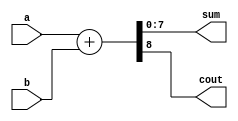
`timescale 1ns / 1ps
//////////////////////////////////////////////////////////////////////////////////
// Company: 
// Engineer: 
// 
// Design Name: 
// Module Name:    ALU 
// Project Name: 
// Target Devices: 
// Tool versions: 
// Description: 
//
// Dependencies: 
//
// Revision: 
// Revision 0.01 - File Created
// Additional Comments: 
//
//////////////////////////////////////////////////////////////////////////////////
module adder8bit(
    input [7:0] a,
    input [7:0] b,
    output [7:0] sum,
    output cout
    );
	wire [8:0] tmp;
 
  assign tmp = a + b;  
  assign sum = tmp [7:0];  
  assign cout  = tmp [8]; 

endmodule

module sub8bit(
    input [7:0] a,
    input [7:0] b,
    output [7:0] sum
    );
	 
  assign sum = a - b; 

endmodule

module ALU(
    input [7:0] a,
    input [7:0] b,
    input [2:0] op,
    output reg [7:0] z,
    output reg ov,
    output reg cout,
    output reg sign
    );
	wire [7:0] sum;
	wire [7:0] sum_1;
	wire cout_add;

	adder8bit add(a,b,sum,cout_add);

	sub8bit sub(a,b,sum_1);

	always @(*) 
		begin
			case (op)
			
				3'b000:
					begin
						z = sum;
						cout = cout_add;
						ov = (a[7] & b[7]) ^ z[7];
						sign = z[7] | ov;
					end
					
				3'b001: 
					begin
						z = sum_1;
						cout = a[7] & b[7];
						ov = (a[7] & b[7]) ^ z[7];
						sign = z[7] | ov;
					end
					
				3'b010:
					begin
						z[0] = a[0] & b[0];
						z[1] = a[1] & b[1];
						z[2] = a[2] & b[2];
						z[3] = a[3] & b[3];
						z[4] = a[4] & b[4];
						z[5] = a[5] & b[5];
						z[6] = a[6] & b[6];
						z[7] = a[7] & b[7];
						ov = 0;
						cout = 0;
						sign = z[7];
					end 
					
				3'b011: 
					begin
						z[0] = a[0] | b[0];
						z[1] = a[1] | b[1];
						z[2] = a[2] | b[2];
						z[3] = a[3] | b[3];
						z[4] = a[4] | b[4];
						z[5] = a[5] | b[5];
						z[6] = a[6] | b[6];
						z[7] = a[7] | b[7];
						ov = 0;
						cout = 0;
						sign = z[7];
					end 
				3'b100: 
					begin
						z[0] = a[0] ^ b[0];
						z[1] = a[1] ^ b[1];
						z[2] = a[2] ^ b[2];
						z[3] = a[3] ^ b[3];
						z[4] = a[4] ^ b[4];
						z[5] = a[5] ^ b[5];
						z[6] = a[6] ^ b[6];
						z[7] = a[7] ^ b[7];
						ov = 0;
						cout = 0;
						sign = z[7];
					end 
					
				3'b101: 
					begin
						z[0] = ~a[0];
						z[1] = ~a[1];
						z[2] = ~a[2];
						z[3] = ~a[3];
						z[4] = ~a[4];
						z[5] = ~a[5];
						z[6] = ~a[6];
						z[7] = ~a[7];
						ov = 0;
						cout = 0;
						sign = z[7];
					end 
					
				3'b110: 
					begin
						z = a >> 1;
						cout = 0;
						ov = a[7];
						sign = z[7];
					end
					
				3'b111: 
					begin
						z = a << 1;
						cout = 0;
						ov = a[7] ^ a[6];
						sign =  z[7];
					end

				endcase

			end
			
endmodule